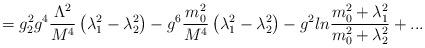
LaTeX: \begin{align*}=g_2^2g^4{\Lambda^2\over M^4}\left(\lambda_1^2-\lambda_2^2\right)-g^6{m_0^2\over M^4}\left(\lambda_1^2-\lambda_2^2\right)-g^2ln{m_0^2+\lambda_1^2\over m_0^2+\lambda_2^2}+...\end{align*}